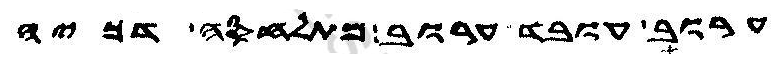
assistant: ערוב עובד ערוב מתלחסה דכיה